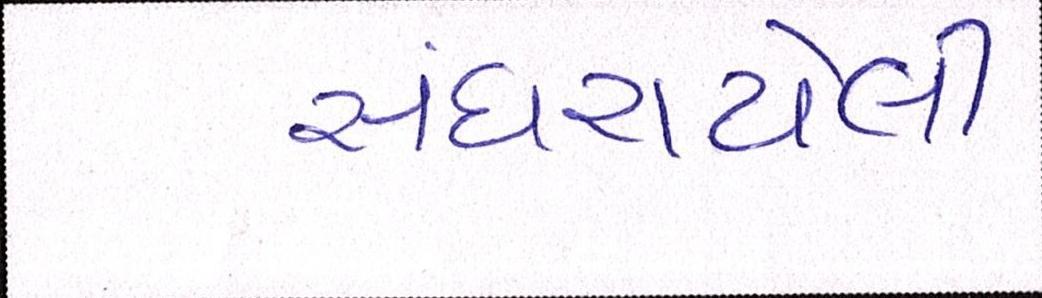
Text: સંઘરાયેલી